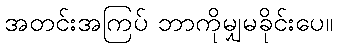
အတင်းအကြပ် ဘာကိုမျှမခိုင်းပေ။